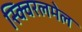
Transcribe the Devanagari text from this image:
स्क्विरलमेल